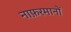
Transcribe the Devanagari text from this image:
नाफ़रमानों